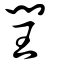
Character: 閏